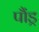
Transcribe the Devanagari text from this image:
पौंड्र